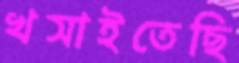
খসাইতেছি